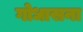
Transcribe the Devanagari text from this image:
गोधासना